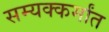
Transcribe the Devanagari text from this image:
सम्यक्कर्मांत